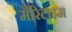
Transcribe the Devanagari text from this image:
मैरिटाइम